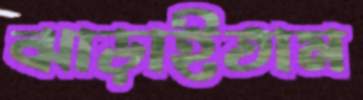
ঝাড়াইতাম